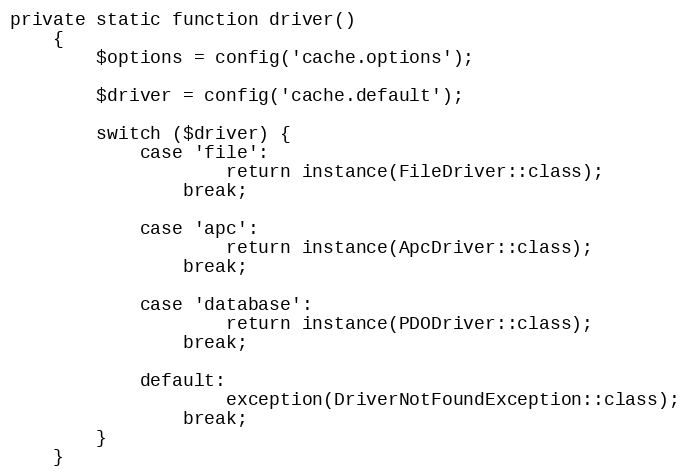
Language: PHP
private static function driver()
    {
        $options = config('cache.options');

        $driver = config('cache.default');

        switch ($driver) {
            case 'file':
                    return instance(FileDriver::class);
                break;

            case 'apc':
                    return instance(ApcDriver::class);
                break;

            case 'database':
                    return instance(PDODriver::class);
                break;

            default:
                    exception(DriverNotFoundException::class);
                break;
        }
    }